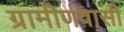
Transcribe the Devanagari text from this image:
ग्रामीणवासी